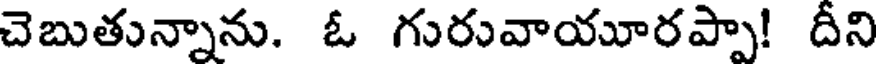
చెబుతున్నాను. ఓ గురువాయూరప్పా! దీని